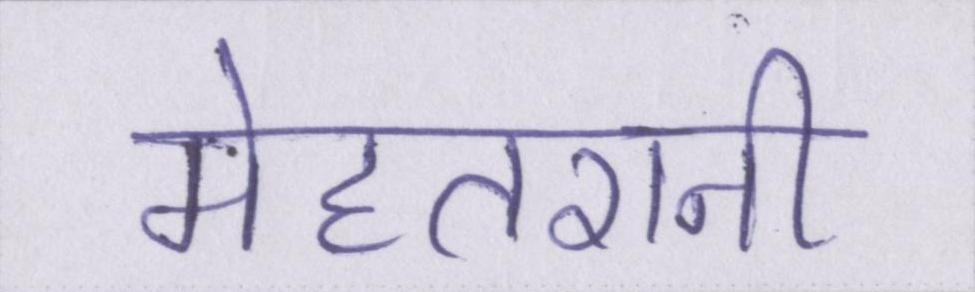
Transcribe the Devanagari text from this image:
मेहतरानी